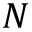
N